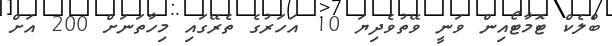
ބްލެކް ޓޮމާޓޯއިން ވަނީ ވޭތުވެދިޔަ 10 އަހަރުގެ ތެރޭގައި މިހާތަނަށް 200 އަށް